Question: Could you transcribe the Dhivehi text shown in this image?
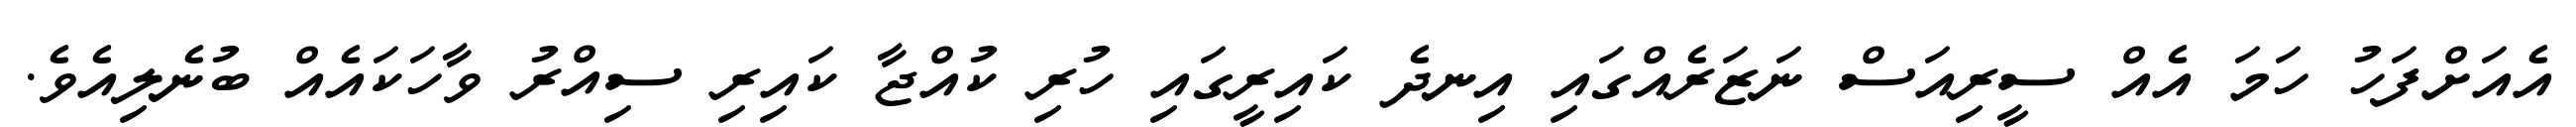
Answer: އެއަށްފަހު ހަމަ އެއް ސީރިއަސް ނަޒަރެއްގައި އިނދެ ކައިރީގައި ހުރި ކުއްޖާ ކައިރި ސިއްރު ވާހަކައެއް ބުނެލިއެވެ.